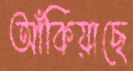
আঁকিয়াছে